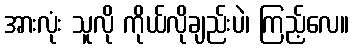
အားလုံး သူလို ကိုယ်လိုချည်းပဲ၊ ကြည့်လေ။